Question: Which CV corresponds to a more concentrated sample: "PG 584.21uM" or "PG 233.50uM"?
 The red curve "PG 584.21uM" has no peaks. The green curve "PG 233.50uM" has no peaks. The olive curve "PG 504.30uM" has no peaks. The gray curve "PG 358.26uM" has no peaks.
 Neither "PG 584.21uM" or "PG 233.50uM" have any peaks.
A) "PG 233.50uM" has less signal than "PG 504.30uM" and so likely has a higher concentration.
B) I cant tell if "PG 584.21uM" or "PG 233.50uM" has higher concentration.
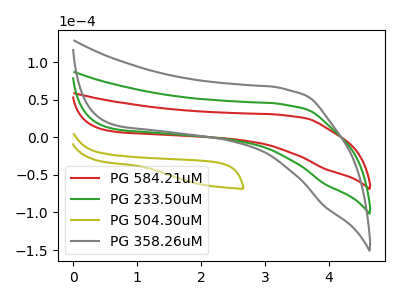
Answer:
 <answer>B) I cant tell if "PG 584.21uM" or "PG 233.50uM" has higher concentration.</answer>
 <eval>B</eval>